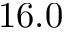
1 6 . 0